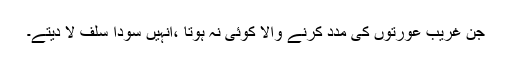
جن غریب عورتوں کی مدد کرنے والا کوئی نہ ہوتا ،انہیں سودا سلف لا دیتے۔